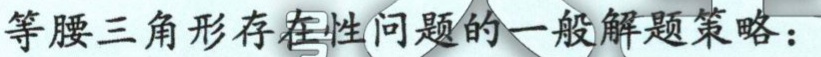
等腰三角形存在性问题的一般解题策略：